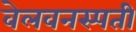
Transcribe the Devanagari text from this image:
वेलवनस्पती